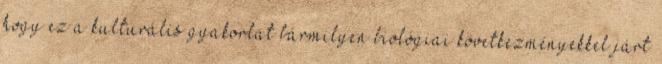
hogy ez a kulturális gyakorlat bármilyen biológiai következményekkel járt